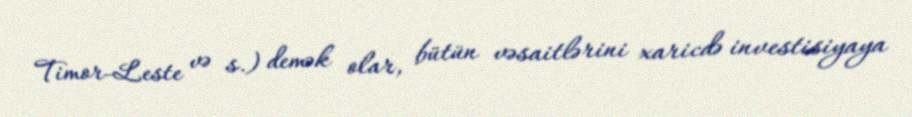
Timor-Leste və s.) demək olar, bütün vəsaitlərini xaricdə investisiyaya